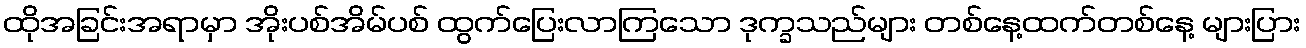
ထိုအခြင်းအရာမှာ အိုးပစ်အိမ်ပစ် ထွက်ပြေးလာကြသော ဒုက္ခသည်များ တစ်နေ့ထက်တစ်နေ့ များပြား